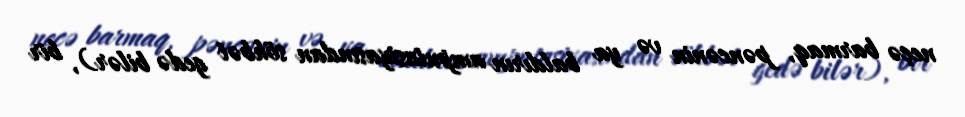
neçə barmaq, pəncənin və ya baldırın amputasiyasından söhbət gedə bilər), bir